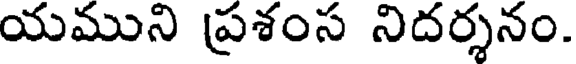
యముని ప్రశంస నిదర్శనం.